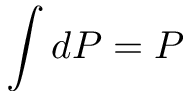
\int d P = P